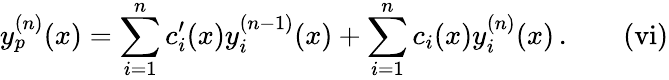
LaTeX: y_{p}^{(n)}(x)=\sum_{i=1}^{n}c_{i}^{\prime}(x)y_{i}^{(n-1)}(x)+\sum_{i=1}^{n}c_{i}(x)y_{i}^{(n)}(x)\, \mathrm{.}\quad\quad\mathrm{{(vi)}}